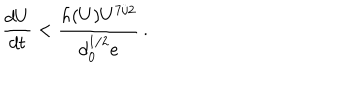
{ \frac { d U } { d t } } < { \frac { h ( U ) U ^ { 7 / 2 } } { d _ { 0 } ^ { 1 / 2 } e } } \, .